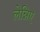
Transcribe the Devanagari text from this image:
लेन्निए